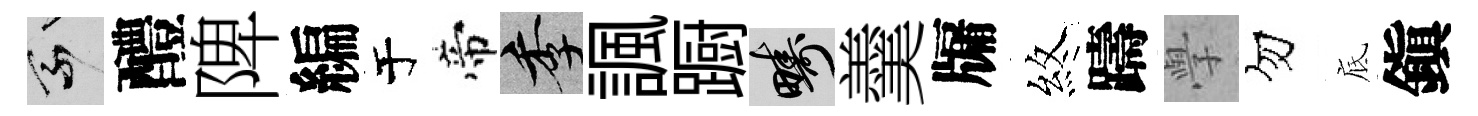
乘醴陴編于帝季諷蹰疇羹牖煞躊𭓕勿底鎭